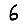
Digit: 6